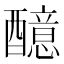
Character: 醷